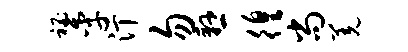
秘季汀勿悬徨尚羌